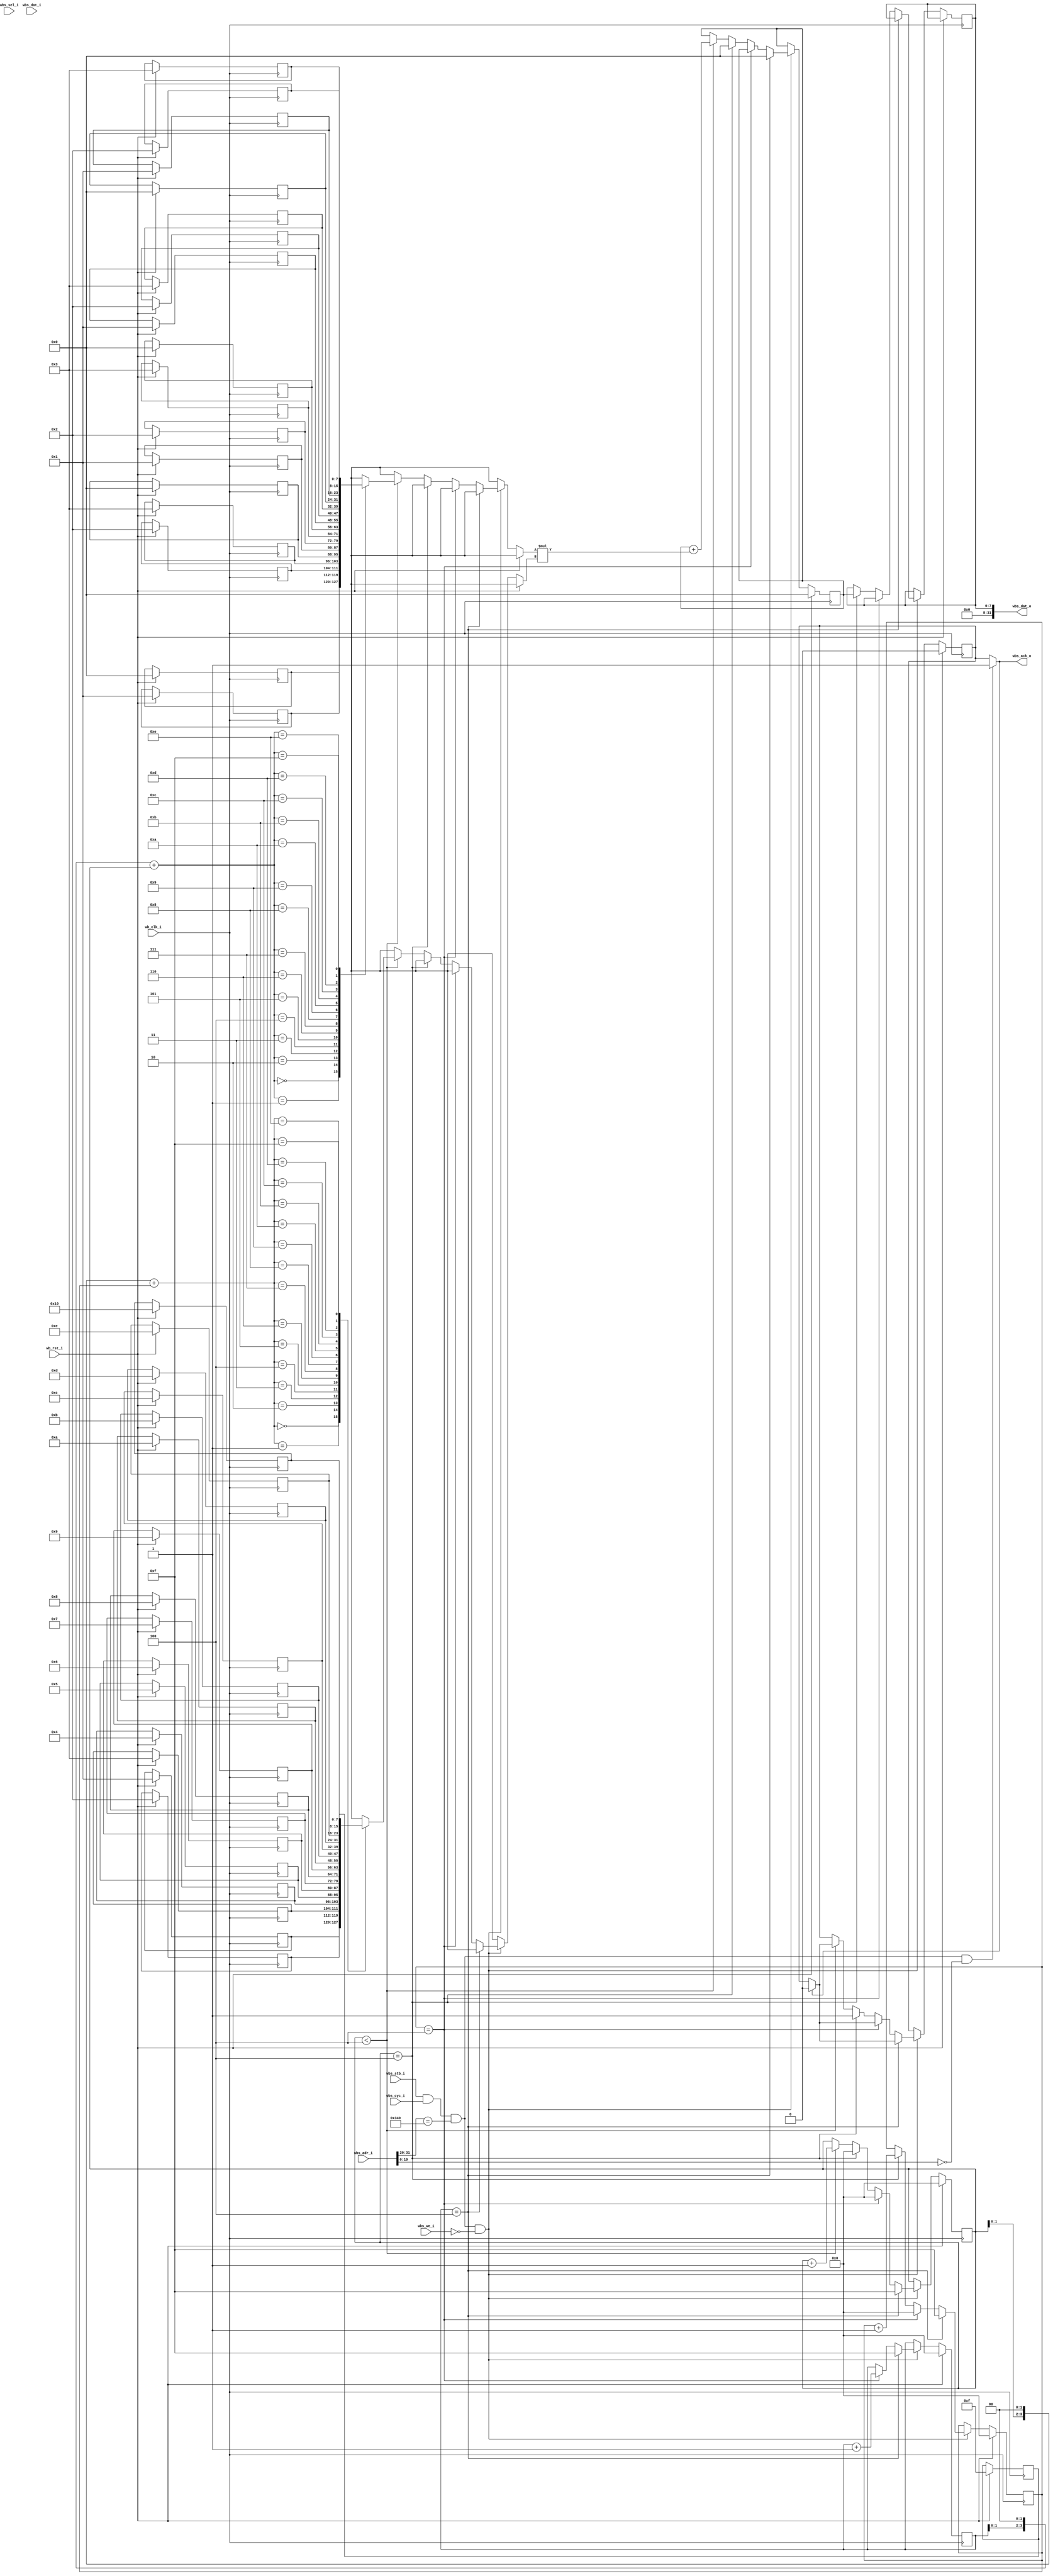
module user_mm
#(  parameter pADDR_WIDTH = 12,
    parameter pDATA_WIDTH = 32,
    parameter Tape_Num    = 11
)
(
  // Wishbone Slave ports (WB MI A)
    input wb_clk_i,
    input wb_rst_i,
    input wbs_stb_i,
    input wbs_cyc_i,
    input wbs_we_i,
    input [3:0] wbs_sel_i,
    input [31:0] wbs_dat_i,
    input [31:0] wbs_adr_i,
    output wbs_ack_o,
    output [31:0] wbs_dat_o
    
  /*
  input   wire                     ss_tvalid, 
  input   wire [(pDATA_WIDTH-1):0] ss_tdata, 
  input   wire                     ss_tlast, 
  output  wire                     ss_tready, 

  input   wire                     sm_tready, 
  output  wire                     sm_tvalid, 
  output  wire [(pDATA_WIDTH-1):0] sm_tdata, 
  output  wire                     sm_tlast,

  input   wire                     axis_clk,
  input   wire                     axis_rst_n
  */
);

reg [7:0] A [15:0];
reg [7:0] B [15:0];
reg [7:0] result;

reg [7:0] sum;
reg [3:0] i, j, k;

reg [3:0] output_counter;
reg check_out;
reg last;

wire valid;



//////////////////////////////////////////////////////////////  ap things /////////////////////////////////////////////////////////

reg ap_start;
reg ap_done;
reg ap_idle;
reg check_ap;

/*
wire decode;
wire decode_write;
wire [3:0] decode_ap;
wire [3:0] decode_data;

//  just decode 
assign decode = (ss_tdata[31:20] == 12'h340) ? 1 : 0;
//  1 for write , 0 for read
assign decode_write = (ss_tdata[11:8]==4'b1111) ? 1 : 0;
// ap addr
assign decode_ap = ss_tdata[3:0];
//  write ap content
assign decode_data = ss_tdata[7:4];
*/
///////////////////////////////////////////////////////////////////////////////////////////////////////////////////////////////////

assign valid = wbs_stb_i & wbs_cyc_i & wbs_adr_i[31:20]==12'h340;

assign wbs_ack_o = (valid & wbs_adr_i[19:0]==0) ? check_ap : check_out;
assign wbs_dat_o = result;

//assign ss_tready = 1;
//assign sm_tdata = (decode & !decode_write && decode_ap==4'd0) ? {29'd0,ap_idle,ap_done,ap_start} : sum;
//assign sm_tvalid = (decode & !decode_write && decode_ap==4'd0) ? check_ap : check_out;
//assign sm_tlast = sm_tvalid & sm_tready & last;


// initial A, B, i, j, k and sum
always @(posedge wb_clk_i) begin
  if (wb_rst_i) begin
    // A
    A[0] <= 8'h0;
    A[1] <= 8'h1;
    A[2] <= 8'h2;
    A[3] <= 8'h3;
    A[4] <= 8'h0;
    A[5] <= 8'h1;
    A[6] <= 8'h2;
    A[7] <= 8'h3;
    A[8] <= 8'h0;
    A[9] <= 8'h1;
    A[10] <= 8'h2;
    A[11] <= 8'h3;
    A[12] <= 8'h0;
    A[13] <= 8'h1;
    A[14] <= 8'h2;
    A[15] <= 8'h3;
    // B
    B[0] <= 8'h1;
    B[1] <= 8'h2;
    B[2] <= 8'h3;
    B[3] <= 8'h4;
    B[4] <= 8'h5;
    B[5] <= 8'h6;
    B[6] <= 8'h7;
    B[7] <= 8'h8;
    B[8] <= 8'h9;
    B[9] <= 8'ha;
    B[10] <= 8'hb;
    B[11] <= 8'hc;
    B[12] <= 8'hd;
    B[13] <= 8'he;
    B[14] <= 8'hf;
    B[15] <= 8'h10;
  end
end


/*
always @(posedge wb_clk_i) begin
  if(wb_rst_i) begin
    ap_start <= 0;
    ap_done <= 0;
    ap_idle <= 1;
    check_ap <= 0;
  end
  else begin
    if(valid) begin
      if(wbs_we_i)begin
        if(wbs_adr_i==32'h34000000)begin //only ap_start can be written , and ap_idle become 0
          ap_start <= wbs_dat_i[0];
          ap_done <= ap_done;
          ap_idle <= 0;
          check_ap <= 1;
        end
      end
      else if(wbs_adr_i[19:0]==0)begin  //if ap has been read , ap_done must be reset
          ap_start <= wbs_dat_i[0];
          ap_done <= 0;
          ap_idle <= ap_idle;
          check_ap <= 1;
      end
    end

    //not sure
       
    else if(ap_start) begin //once ap_start is written , then ap_start will be 0 after that
      ap_start <= 0;
      ap_done <= ap_done;
      ap_idle <= ap_idle;
    end
    

    ////////////////////////////////////////////////////////////////////////////////////////////////////////////////////////////////////////////////
    else if(last & wbs_ack_o)begin //After the last data is transfered , ap_start and ap_idle must be 1
      ap_start <= ap_start;
      ap_done <= 1;
      ap_idle <= 1;
      check_ap <= 1;
    end
    else begin
      ap_start <= ap_start;
      ap_done <= ap_done;
      ap_idle <= ap_idle;
      check_ap <= (wbs_ack_o) ? 0 : check_ap;
    end
  end
end
*/

// wait start
always @(posedge wb_clk_i) begin
  if(wb_rst_i) begin       
    sum <= 8'h0;
    i <= 4'h0;
    j <= 4'h0;
    k <= 4'h0;
    output_counter <= 0;
    check_out <= 0;
  end
  else begin
    if (valid & !wbs_we_i) begin
      if (i == 4'd4) begin
          sum <= 8'd0;
          i <= 4'd15;
          j <= 4'd15;
          k <= 4'd15;
          if(wbs_ack_o)
            check_out <= 0;
      end
      else if (j == 4'd4) begin
          j <= 4'd0;
          k <= 4'd0;
          i <= i + 1;
          if(wbs_ack_o)
            check_out <= 0;
      end
      else if (k == 4'd4) begin
          result <= sum;
          // flag sm_tvalid
          j <= j + 1;
          k <= 4'd0;
          sum <= 8'd0;
          check_out <= 1;
          output_counter <= output_counter + 1;
       end
      else if (k < 4'd4) begin
          sum <= sum + A[(i << 2) + k] * B[(k << 2) + j];
          k <= k + 1;  
          if(wbs_ack_o)
            check_out <= 0;
      end
    end
  end
end

endmodule